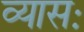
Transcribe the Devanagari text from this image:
व्यासः